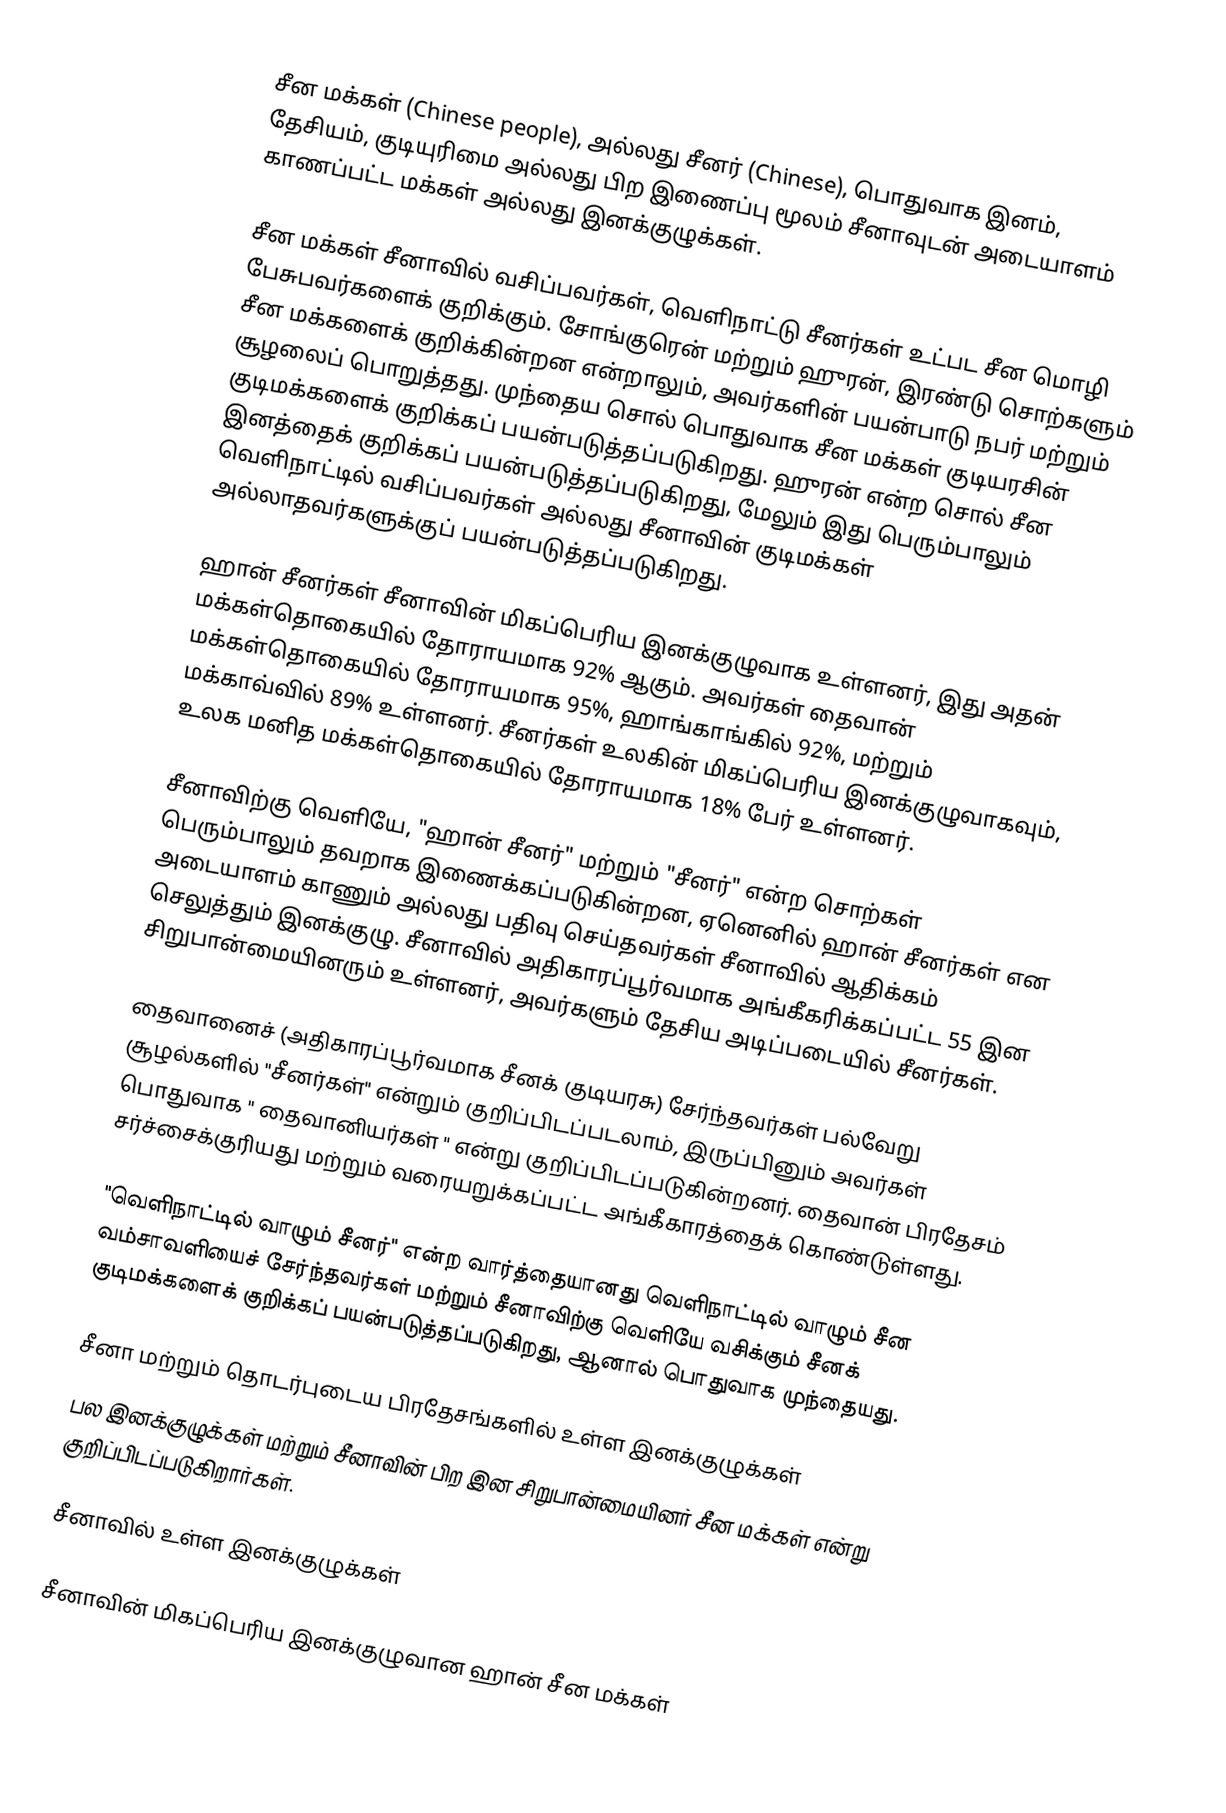
சீன மக்கள் (Chinese people), அல்லது சீனர் (Chinese), பொதுவாக இனம், தேசியம், குடியுரிமை அல்லது பிற இணைப்பு மூலம் சீனாவுடன் அடையாளம் காணப்பட்ட மக்கள் அல்லது இனக்குழுக்கள்.

சீன மக்கள்  சீனாவில் வசிப்பவர்கள், வெளிநாட்டு சீனர்கள் உட்பட சீன மொழி பேசுபவர்களைக் குறிக்கும். சோங்குரென் மற்றும் ஹுரன், இரண்டு சொற்களும் சீன மக்களைக் குறிக்கின்றன என்றாலும், அவர்களின் பயன்பாடு நபர் மற்றும் சூழலைப் பொறுத்தது. முந்தைய சொல் பொதுவாக சீன மக்கள் குடியரசின் குடிமக்களைக் குறிக்கப் பயன்படுத்தப்படுகிறது. ஹுரன் என்ற சொல் சீன இனத்தைக் குறிக்கப் பயன்படுத்தப்படுகிறது, மேலும் இது பெரும்பாலும் வெளிநாட்டில் வசிப்பவர்கள் அல்லது சீனாவின் குடிமக்கள் அல்லாதவர்களுக்குப் பயன்படுத்தப்படுகிறது.

ஹான் சீனர்கள் சீனாவின் மிகப்பெரிய இனக்குழுவாக உள்ளனர், இது அதன் மக்கள்தொகையில் தோராயமாக 92% ஆகும். அவர்கள் தைவான் மக்கள்தொகையில் தோராயமாக 95%, ஹாங்காங்கில்  92%, மற்றும் மக்காவ்வில் 89% உள்ளனர். சீனர்கள் உலகின் மிகப்பெரிய இனக்குழுவாகவும், உலக மனித மக்கள்தொகையில் தோராயமாக 18% பேர் உள்ளனர்.

சீனாவிற்கு வெளியே, "ஹான் சீனர்" மற்றும் "சீனர்" என்ற சொற்கள் பெரும்பாலும் தவறாக இணைக்கப்படுகின்றன, ஏனெனில் ஹான் சீனர்கள் என அடையாளம் காணும் அல்லது பதிவு செய்தவர்கள் சீனாவில் ஆதிக்கம் செலுத்தும் இனக்குழு. சீனாவில் அதிகாரப்பூர்வமாக அங்கீகரிக்கப்பட்ட 55 இன சிறுபான்மையினரும் உள்ளனர், அவர்களும் தேசிய அடிப்படையில் சீனர்கள்.

தைவானைச் (அதிகாரப்பூர்வமாக சீனக் குடியரசு) சேர்ந்தவர்கள் பல்வேறு சூழல்களில் "சீனர்கள்" என்றும் குறிப்பிடப்படலாம், இருப்பினும் அவர்கள் பொதுவாக " தைவானியர்கள் " என்று குறிப்பிடப்படுகின்றனர். தைவான் பிரதேசம் சர்ச்சைக்குரியது மற்றும்  வரையறுக்கப்பட்ட அங்கீகாரத்தைக் கொண்டுள்ளது.

"வெளிநாட்டில் வாழும் சீனர்" என்ற வார்த்தையானது வெளிநாட்டில் வாழும் சீன வம்சாவளியைச் சேர்ந்தவர்கள் மற்றும் சீனாவிற்கு வெளியே வசிக்கும் சீனக் குடிமக்களைக் குறிக்கப் பயன்படுத்தப்படுகிறது, ஆனால் பொதுவாக முந்தையது.

சீனா மற்றும் தொடர்புடைய பிரதேசங்களில் உள்ள இனக்குழுக்கள்
பல இனக்குழுக்கள் மற்றும் சீனாவின் பிற இன சிறுபான்மையினர் சீன மக்கள் என்று குறிப்பிடப்படுகிறார்கள்.

சீனாவில் உள்ள இனக்குழுக்கள்

சீனாவின் மிகப்பெரிய இனக்குழுவான ஹான் சீன மக்கள்